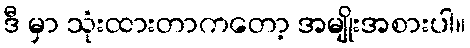
ဒီ မှာ သုံးထားတာကတော့ အမျိုးအစားပါ။